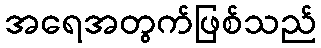
အရေအတွက်ဖြစ်သည်